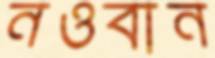
নওবান